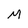
Character: M